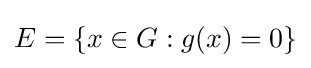
E=\{x\in G:g(x)=0\}